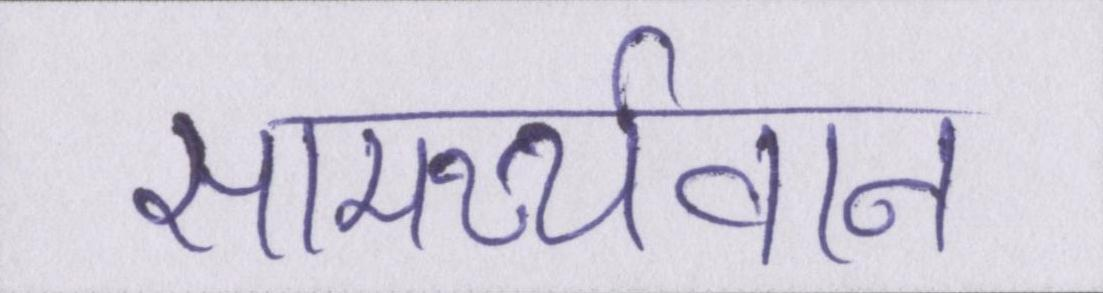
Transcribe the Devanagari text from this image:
सामर्थ्यवान